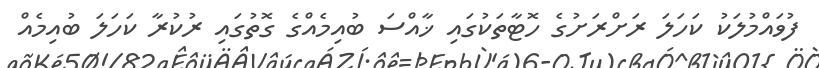
ފުވައްމުލަކު ކަހަލަ ރަށްރަށުގެ ހޮޓާތަކުގައި ޚާއްސަަ ބުއިމެއްގެ ގޮތުގައި ރުކުރާ ކަހަލަ ބުއިމެއް